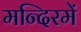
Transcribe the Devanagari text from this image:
मन्दिरमें